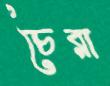
চৈরা